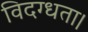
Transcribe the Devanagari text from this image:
विदग्धता।